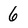
Character: 6